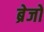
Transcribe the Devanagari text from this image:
ब्रेजों